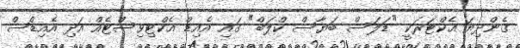
ގެންދިޔަ އެކްޓަރަކީ "ޑަލަސް ބަޔާސް ކްލަބް" ގައި އެއިޑް އެކްޓިވިސްޓެއް އަދި އެއިޑްސް